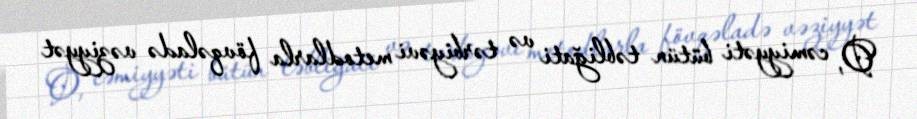
O, cəmiyyəti bütün təbliğati və tərbiyəvi metodlarla fövqəladə vəziyyət